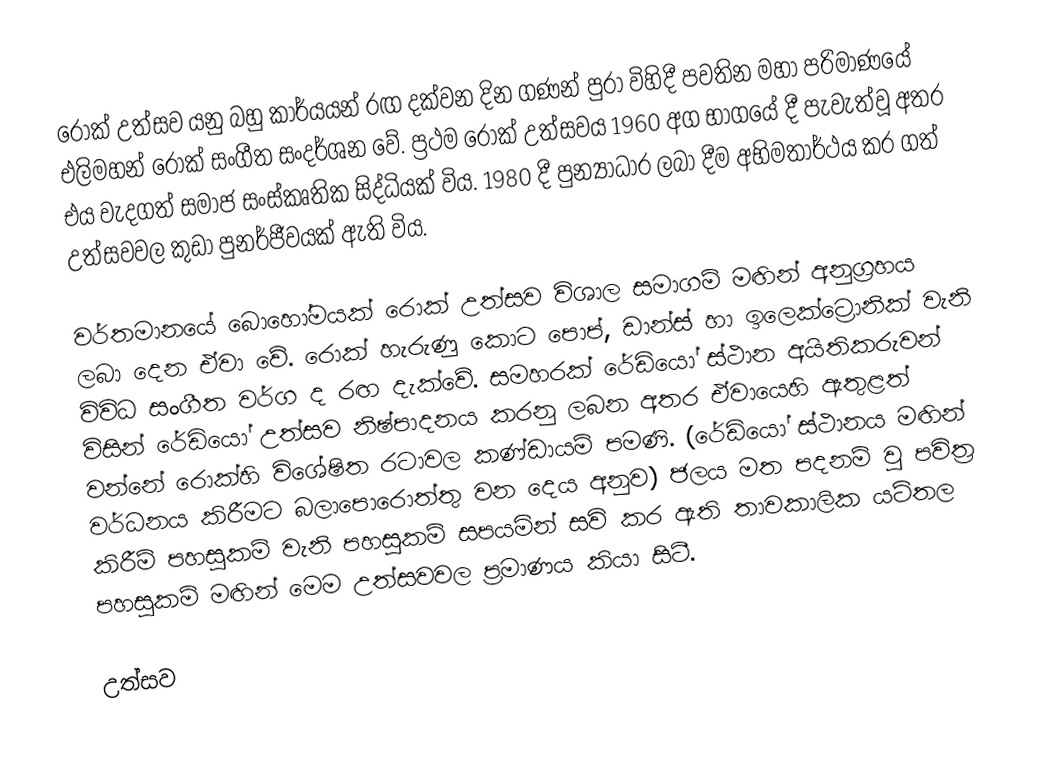
රොක් උත්සව යනු බහු කාර්යයන් රඟ දක්වන දින ගණන් පුරා විහිදී පවතින මහා පරිමාණයේ එලිමහන් රොක් සංගීත සංදර්ශන වේ. ප්‍රථම රොක් උත්සවය 1960 අග භාගයේ දී පැවැත්වූ අතර එය වැදගත් සමාජ සංස්කෘතික සිද්ධියක් විය. 1980 දී පුන්‍යාධාර ලබා දීම අභිමතාර්ථය කර ගත් උත්සවවල කුඩා පුනර්ජීවයක් ඇති විය.

වර්තමානයේ බොහෝමයක් රොක් උත්සව විශාල සමාගම් මඟින් අනුග්‍රහය ලබා දෙන ඒවා වේ. රොක් හැරුණු කොට පොප්, ඩාන්ස් හා ‍ඉලෙක්ට්‍රොනික් වැනි විවිධ සංගීත වර්ග ද රඟ දැක්වේ. සමහරක් රේඩියෝ ස්ථාන අයිතිකරුවන් විසින් රේඩියෝ උත්සව නිෂ්පාදනය කරනු ලබන අතර ඒවායෙහි ඇතුළත් වන්නේ රොක්හි විශේෂිත රටාවල කණ්ඩායම් පමණි. (රේඩියෝ ස්ථානය මඟින් වර්ධනය කිරීමට බලාපොරොත්තු වන දෙය අනුව) ජලය මත පදනම් වු පවිත්‍ර කිරීම් පහසුකම් වැනි පහසුකම් සපයමින් සවි කර ඇති තාවකාලික යටිතල පහසුකම් මඟින් ‍මෙම උත්සවවල ප්‍රමාණය කියා සිටී.

උත්සව